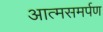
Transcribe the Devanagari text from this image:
आत्‍मसमर्पण